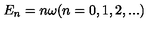
E _ { n } = n \omega ( n = 0 , 1 , 2 , . . . )